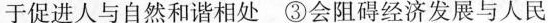
于促进人与自然和谐相处③会阻碍经济发展与人民